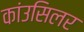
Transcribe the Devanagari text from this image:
कांउसिलर